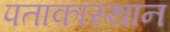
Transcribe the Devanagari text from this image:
पताकास्थान